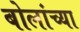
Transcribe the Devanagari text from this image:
बोलांच्या